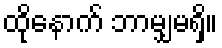
ထိုနောက် ဘာမျှမရှိ။